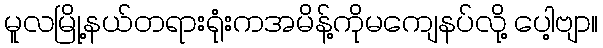
မူလမြို့နယ်တရားရုံးကအမိန့်ကိုမကျေနပ်လို့ ပေါ့ဗျာ။